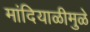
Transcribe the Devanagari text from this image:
मांदियाळीमुळे